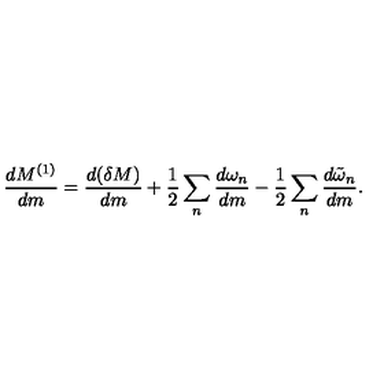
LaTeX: { \frac { d M ^ { ( 1 ) } } { d m } } = { \frac { d ( \delta M ) } { d m } } + { \frac { 1 } { 2 } } \sum _ { n } { \frac { d \omega _ { n } } { d m } } - { \frac { 1 } { 2 } } \sum _ { n } { \frac { d \tilde { \omega } _ { n } } { d m } } .